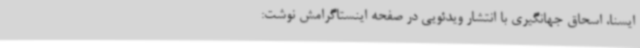
ایسنا، اسحاق جهانگیری با انتشار ویدئویی در صفحه اینستاگرامش نوشت: